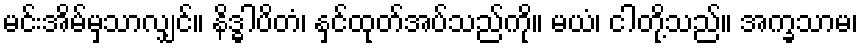
မင်းအိမ်မှသာလျှင်။ နိဒ္ဓါပိတံ၊ နှင်ထုတ်အပ်သည်ကို။ မယံ၊ ငါတို့သည်။ အက္ခသာမ၊